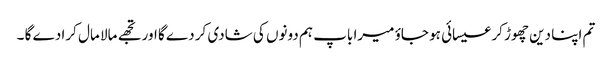
تم اپنا دین چھوڑ کر عیسائی ہو جاؤ میرا باپ ہم دونوں کی شادی کر دے گا اور تجھے مالا مال کرا دے گا ۔